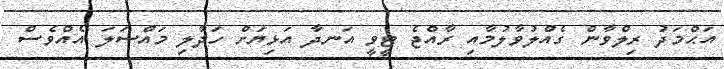
އަޙްމަދު ރިލްވާން ގެއްލުވާލުމާއި ރާއްޖެ ޓީވީ އަނދާ އަޅިޔަށް ހަދާލި މައްސަލަ އެއްވެސް